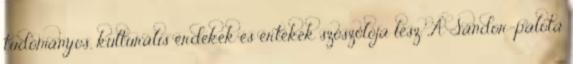
tudományos, kulturális érdekek és értékek szószólója lesz. „A Sándor-palota